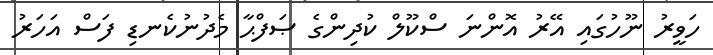
ހަވީރު ނޫހުގައި އޭރު އޮންނަ ސްކޫލް ކުދިންގެ ޞަފްޙާ މެދުނުކެނޑި ފަސް އަހަރު